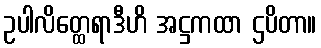
ဥပါလိတ္ထေရာဒီဟိ အဋ္ဌကထာ ဌပိတာ။